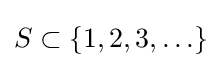
S\subset \{1,2,3,\ldots \}